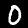
Label: 0